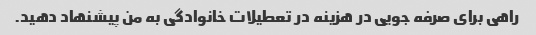
راهی برای صرفه جویی در هزینه در تعطیلات خانوادگی به من پیشنهاد دهید.